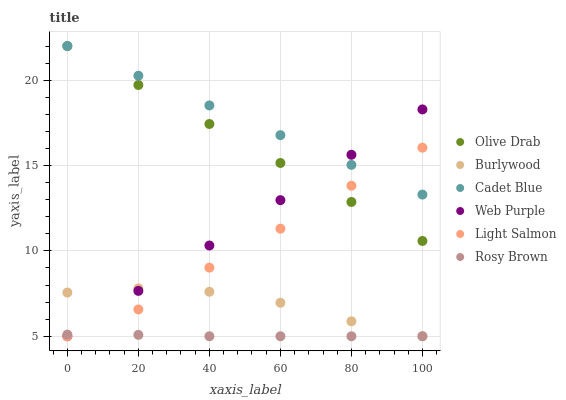
| xaxis_label | Olive Drab | Burlywood | Cadet Blue | Web Purple | Light Salmon | Rosy Brown |
 | --- | --- | --- | --- | --- | --- | --- |
 | 0 | 22 | 7.56 | 22 | 5 | 5 | 5.1 |
 | 20 | 19.7 | 7.81 | 20.3 | 7.66 | 6.57 | 5.08 |
 | 40 | 17.4 | 7.61 | 18.5 | 10.3 | 9.02 | 5 |
 | 60 | 15.1 | 6.96 | 16.8 | 13 | 11.3 | 5 |
 | 80 | 12.9 | 5.87 | 15 | 15.6 | 13.8 | 5 |
 | 100 | 10.6 | 5 | 13.3 | 18.3 | 16 | 5 |